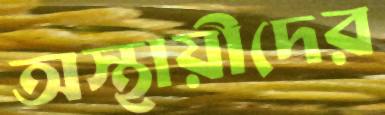
অস্থায়ীদের